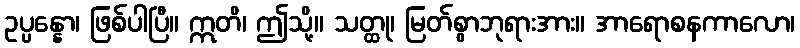
ဥပ္ပန္နော၊ ဖြစ်ပါပြီ။ ဣတိ၊ ဤသို့။ သတ္ထု၊ မြတ်စွာဘုရားအား။ အာရောစနကာလော၊